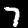
Label: 7